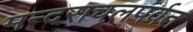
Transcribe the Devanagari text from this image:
मन्दराचलपर्वत